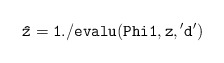
\begin{align*}{\tt \hat z = 1./evalu(Phi1,z,{'d'})}\end{align*}